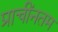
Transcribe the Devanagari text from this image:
प्राचींनतम